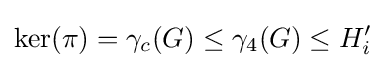
\ker(\pi )=\gamma _{c}(G)\leq \gamma _{4}(G)\leq H_{i}'